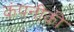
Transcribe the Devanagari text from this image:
कंपनीकी